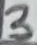
Text: 3